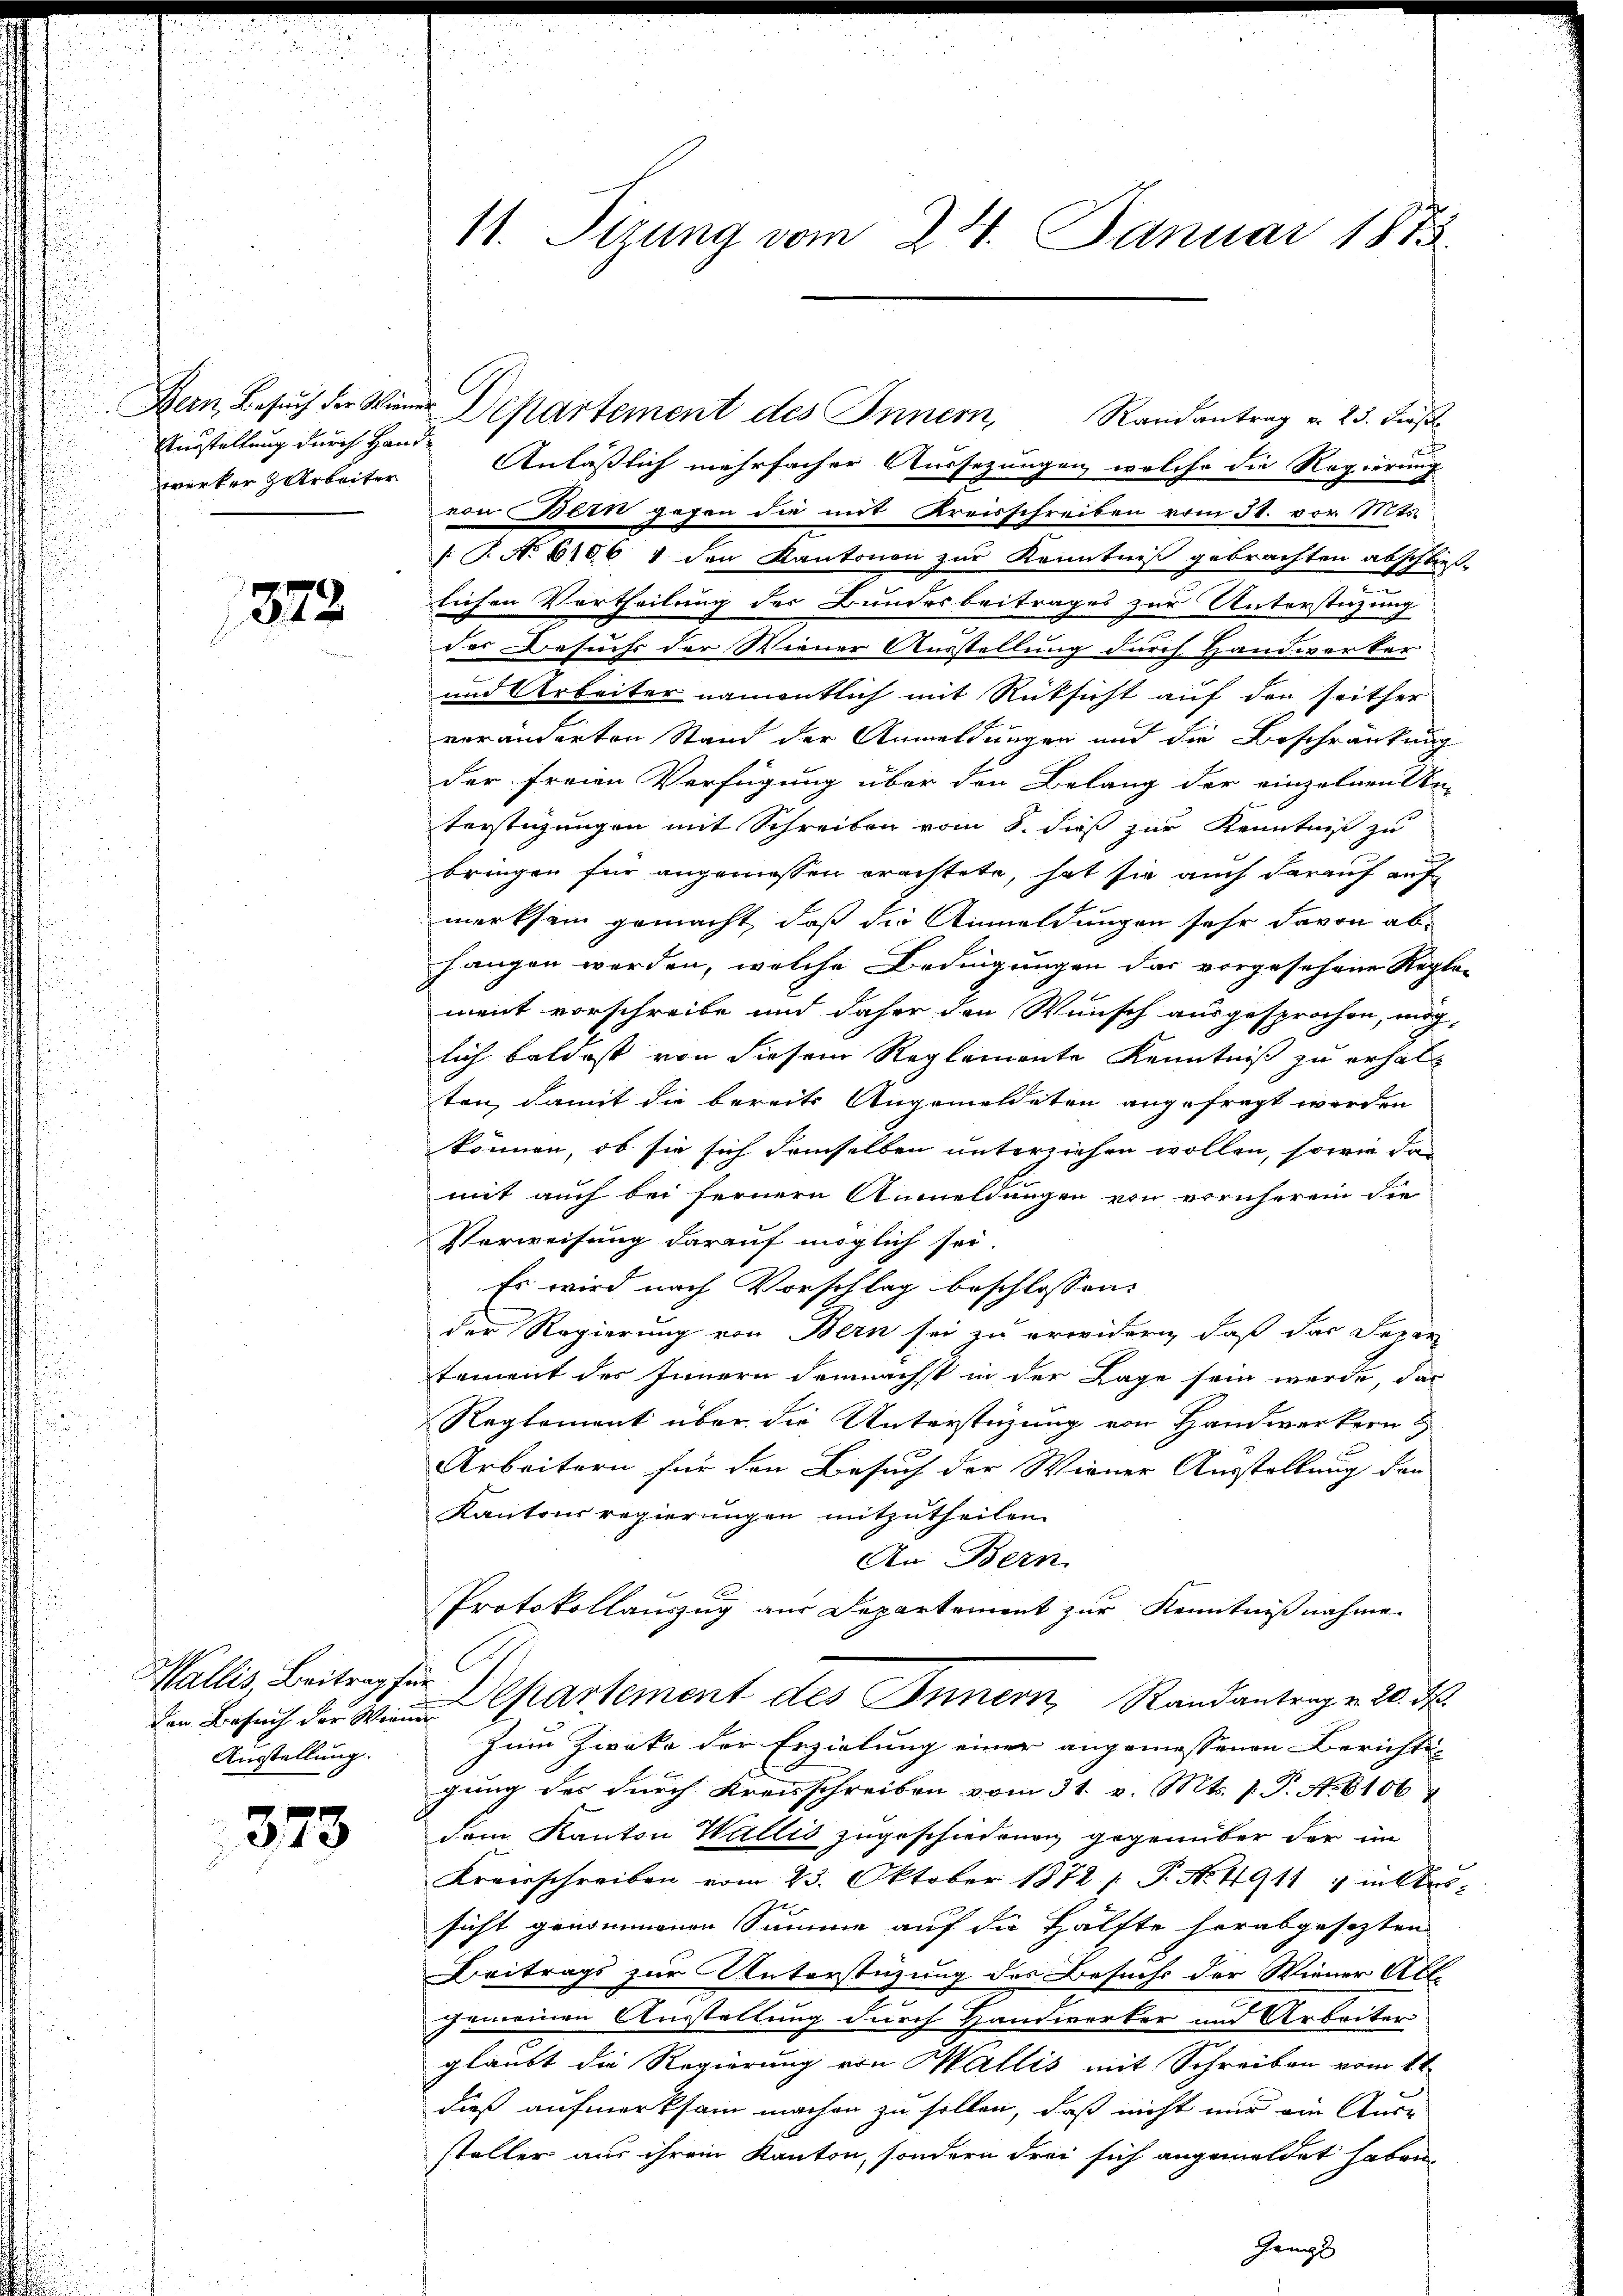
Ausstellung durch Handwerker Arbeiter

1872

den Besuch der Wienen
Ausstellung.

373.

11. Sizung vom 24. Januar 1873.

Anläßlich mehrfacher Aussezungen, welche die Regierung
von Bern gegen die mit Kreisschreiben vom 31. vor Mts.
/T. No 6106 1 den Kantonen zur Kenntniß gebrachten abschließ-
lichen Vertheilung der Bundesbeitrages zur Unterstüzung
des Besuchs der Wiener Ausstellung durch Handwerker
und Arbeiter namentlich mit Rücksicht auf den seither
veränderten Stand der Anmeldungen und die Beschränkung
der freien Verfügung über den Belang der einzelnen An-
terstützungen mit Schreiben vom 8. dieß zur Kenntniß zu
bringen für angemessen erachtete, hat sie auch darauf aufmerksam gemacht, daß die Anmeldungen sehr davon ab
fangen werden, welche Bedingungen das vorgesehene Regle-
ment vorschreibe und daher den Wunsch ausgesprochen, mög-
lich baldest von diesem Reglemente Kenntniß zu erhalt
ten, damit die bereits Angemeldeten angefragt werden
können, ob sie sich demselben unterziehen wollen, sowie das
mit auch bei fernern Anmeldungen von vornherein die
Verweisung darauf möglich sei.
Es wird nach Vorschlag beschlossen:
der Regierung von Bern sei zu erwidern, daß das Depar
tament des Innern demnächst in der Lage sein werde, das
Reglement über die Unterstüzung von Handwerkern
Arbeitern für den Besuch der Wiener Ausstellung den
Kantonsregierungen mitzutheilen.
An Bern
Protokollauszug aus Departement zur Kenntnißnahme
Wallis, Beitragten Departement des Innern, Randantrage 20. d.
Zum Zwecke der Erzielung einer angemessenen Berichts-
gung des durch Kreisschreiben vom 31. v. Mts. f. P. Nr. 8106
dem Kanton Wallis zugeschiedenen gegenüber der im
Kreisschreiben vom 23. Oktober 1872 /: P. Nr. 4911 in Aus-
sicht genommenen Summe auf die Hälfte herabgesezten
Beitrags zur Unterstüzung des Besuchs der Wiener Allgemeinen Ausstellung durch Handwerker und Arbeiter
glaubt die Regierung von Wallis mit Schreiben vom 1t
dieß aufmerksam machen zu sollen, daß nicht nur ein Aus-
steller aus ihrem Kanton, sondern drei sich angemeldet haben,
Gangs

Bern Besuch der Wiener Departement des Innern, Randantrag v. 25. dieß